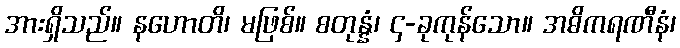
အားရှိသည်။ နဟောတိ၊ မဖြစ်။ စတုန္နံ၊ ၄-ခုကုန်သော။ အဓိကရဏီနံ၊